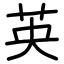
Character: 英